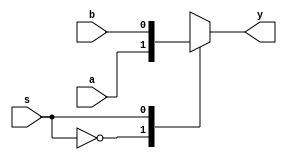
module mux2x1_behavioral (a, b, s, y);
	
	input a, b, s;
	output y;

	assign y = sele(a, b, s);
	function sele;
		input a, b, s;
		case (s)
			1'b0: sele = a;
			1'b1: sele = b;
		endcase
		
	endfunction
	

endmodule